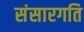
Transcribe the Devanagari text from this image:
संसारगति